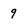
Character: 9